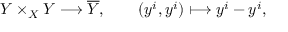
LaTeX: Y \times _ { X } Y \longrightarrow { \overline { { Y } } } , \qquad ( y ^ { i } , y ^ { i } ) \longmapsto y ^ { i } - y ^ { i } ,